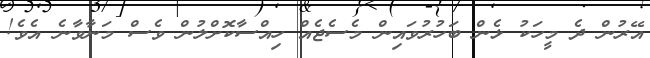
އޭރުން ދެ މީހަކު ޅެން ބަހުރުވައިން މެސެޖެއް ހިއްސާކޮށްލުން ވެސް މަނާވާނެ އެވެ!